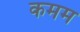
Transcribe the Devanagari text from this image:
कमम